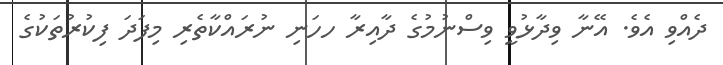
ދެއްވި އެވެ. އޭނާ ވިދާޅުވީ ވިސްނުމުގެ ދާއިރާ ހހަނި ނުރައްކާތެރި މިފަދަ ފިކުރުތަކުގެ